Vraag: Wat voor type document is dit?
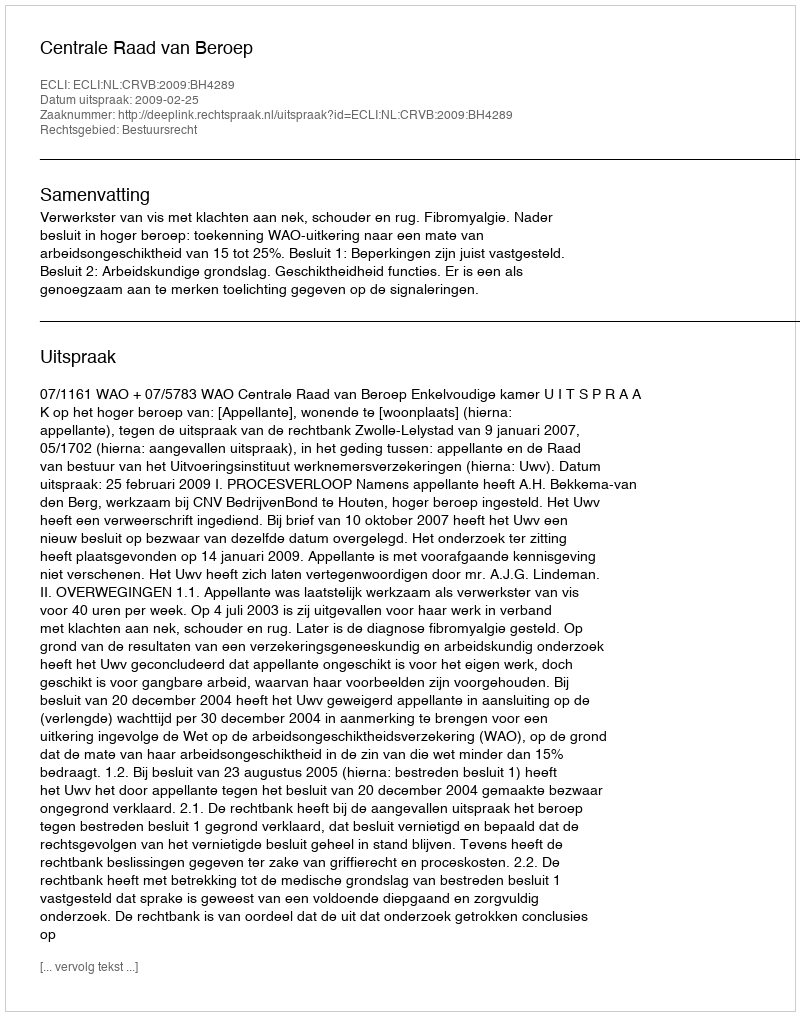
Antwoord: Uitspraak